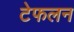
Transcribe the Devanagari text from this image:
टेफलन